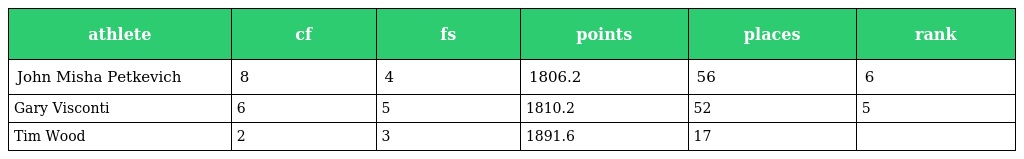
| athlete | cf | fs | points | places | rank |
 | --- | --- | --- | --- | --- | --- |
 | John Misha Petkevich | 8 | 4 | 1806.2 | 56 | 6 |
 | Gary Visconti | 6 | 5 | 1810.2 | 52 | 5 |
 | Tim Wood | 2 | 3 | 1891.6 | 17 |  |